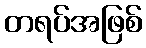
တရပ်အဖြစ်